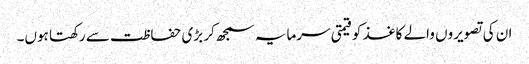
ان کی تصویروں والے کاغذ کو قیمتی سرمایہ سمجھ کر بڑی حفاظت سے رکھتا ہوں۔